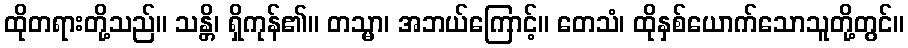
ထိုတရားတို့သည်။ သန္တိ၊ ရှိကုန်၏။ တသ္မာ၊ အဘယ်ကြောင့်။ တေသံ၊ ထိုနှစ်ယောက်သောသူတို့တွင်။